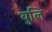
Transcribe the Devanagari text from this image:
वुलि